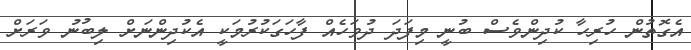
އެގޮތުން ހުރިހާ ކުދިންވެސް ބުނީ މިފަދަ ދުވަހެއް ފާހަގަކުރުމަކީ އެކުދިންނަށް ލިބުނު ވަރަށް